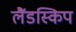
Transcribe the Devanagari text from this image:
लैंडस्किप